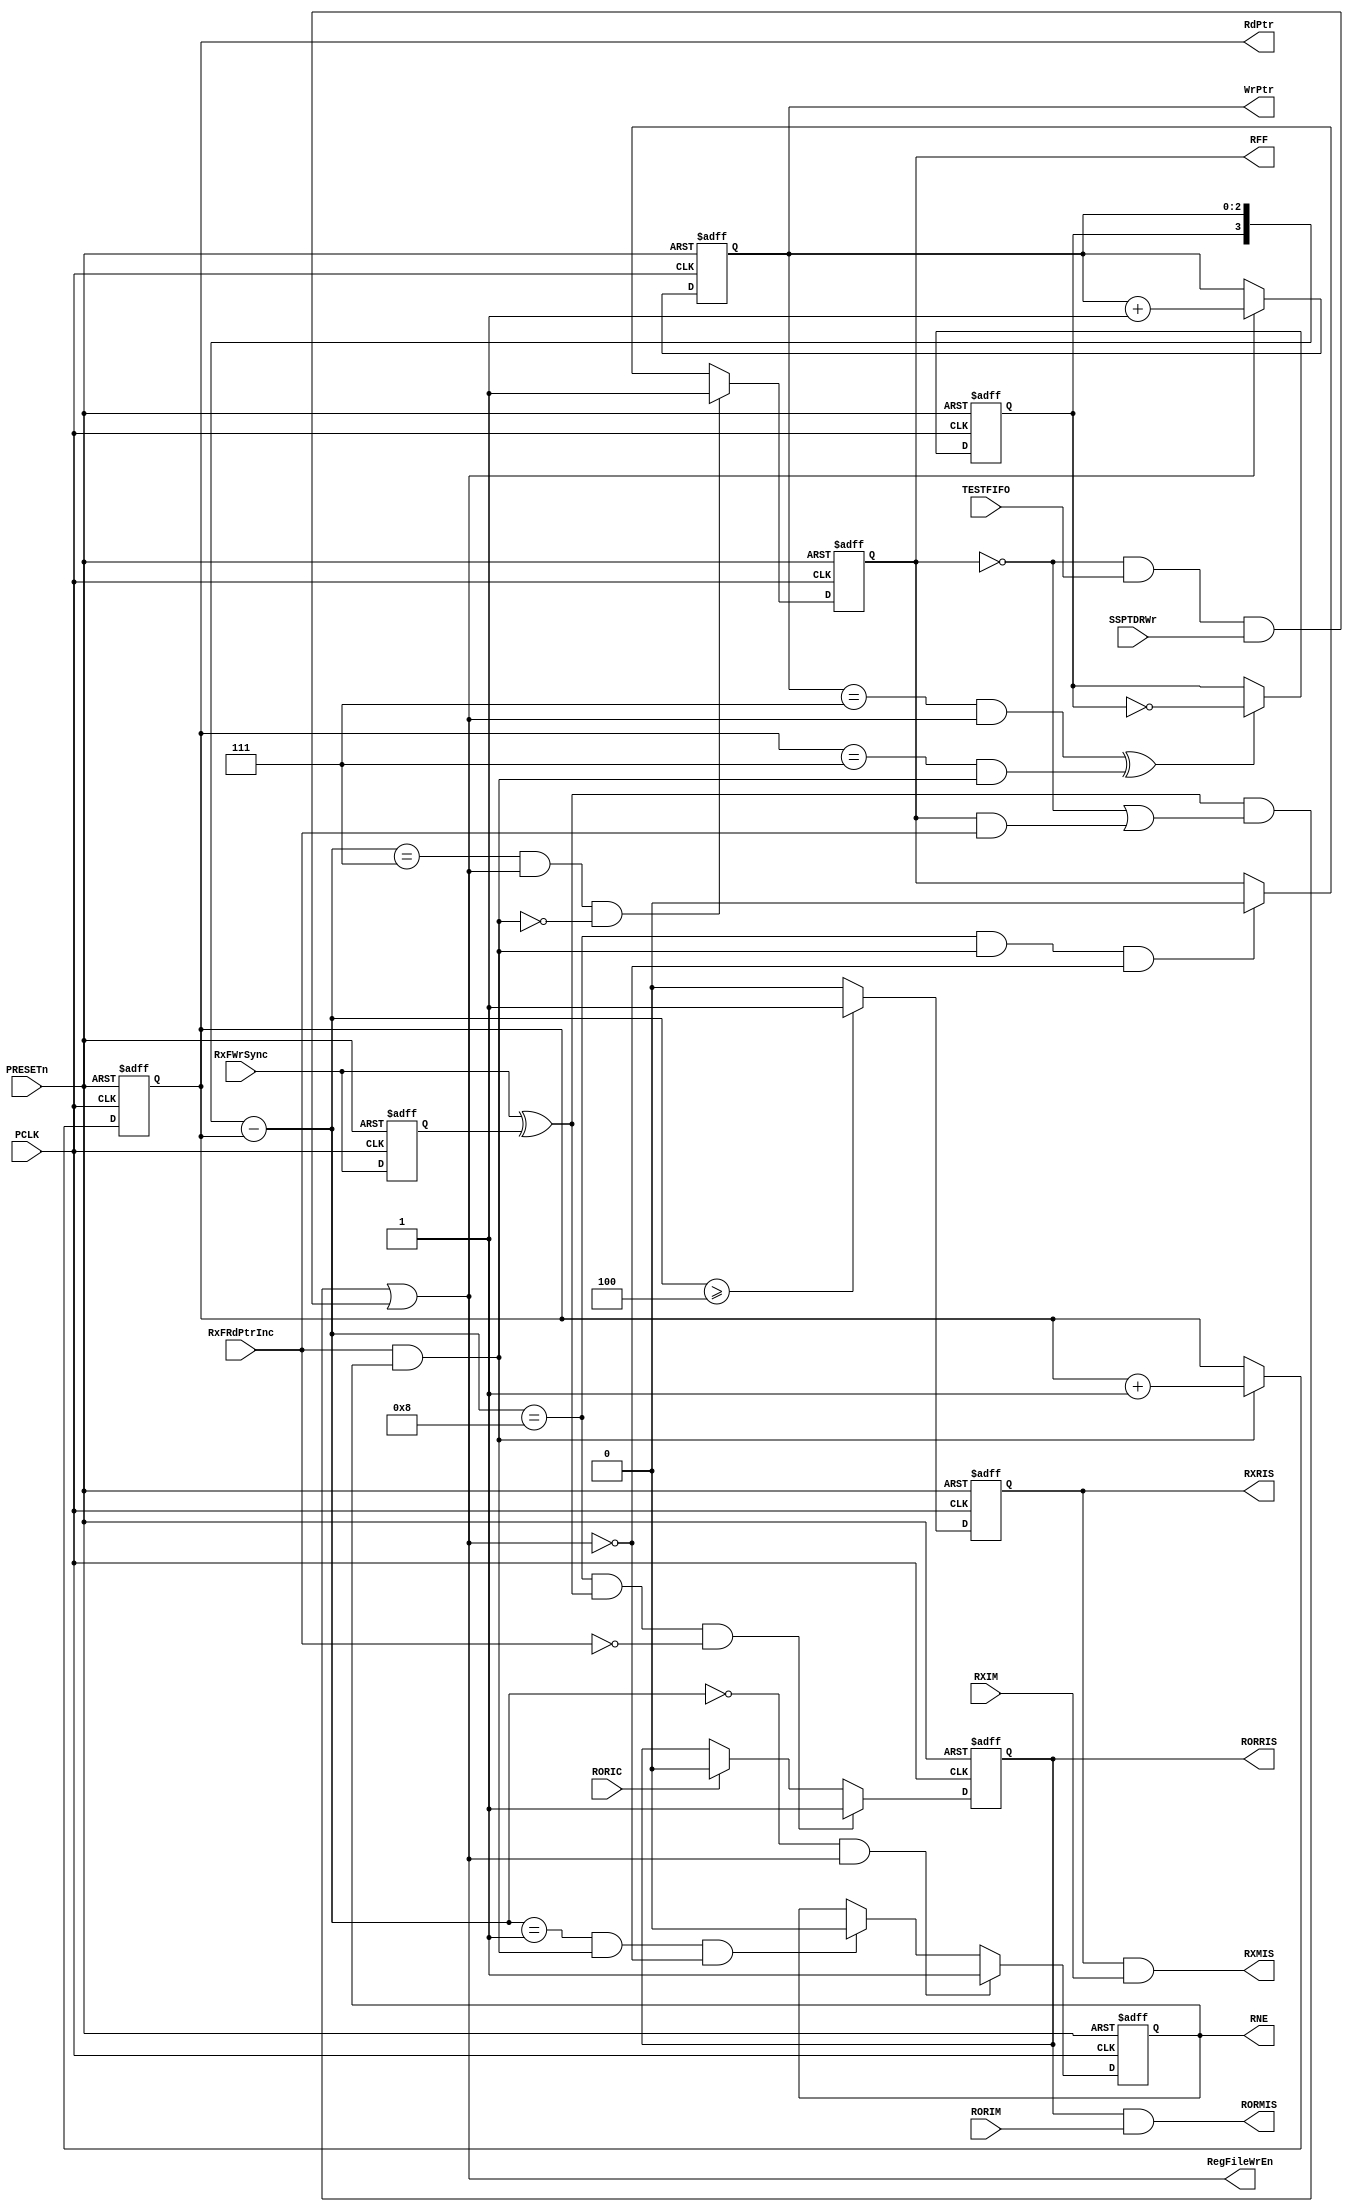
//-----------------------------------------------------------------------------
// The confidential and proprietary information contained in this file may
// only be used by a person authorised under and to the extent permitted
// by a subsisting licensing agreement from ARM Limited.
//
//            (C) COPYRIGHT 2007-2008 ARM Limited.
//                ALL RIGHTS RESERVED
//
// This entire notice must be reproduced on all copies of this file
// and copies of this file may only be made by a person if such person is
// permitted to do so under the terms of a subsisting license agreement
// from ARM Limited.
//  -----------------------------------------------------------------------------
//
//  Version and Release Control Information:
//
//  File Revision          : 20353
//
//  Release Information    : r1p3-00rel1
//
// -----------------------------------------------------------------------------

// -----------------------------------------------------------------------------

// Purpose      : This block controls accesses to the Receive FIFO.

// --=========================================================================--

`timescale 1ns/1ps

// -----------------------------------------------------------------------------

module SspRxFCntl (
// Inputs
                   PCLK,
                   PRESETn,
                   RXIM,
                   RORIM,
                   RORIC,
                   RxFWrSync,
                   RxFRdPtrInc,
                   TESTFIFO,
                   SSPTDRWr,

// Outputs
                   RNE,
                   RFF,
                   RXRIS,
                   RORRIS,
                   RXMIS,
                   RORMIS,

                   RegFileWrEn,
                   WrPtr,
                   RdPtr
                  );

// Inputs
input        PCLK;        // APB bus clock
input        PRESETn;     // APB reset
input        RXIM;        // Rx Interrupt Mask
input        RORIM;       // Rx Over Run Mask
input        RORIC;       // Rx Over Run Interrupt Clear
input        RxFWrSync;   // RX FIFO write enable
input        RxFRdPtrInc; // RX FIFO read pointer incr.
input        TESTFIFO;    // Rx FIFO test mode enable
input        SSPTDRWr;    // Test Data Register write enable
// Outputs
output       RNE;         // RX FIFO not empty
output       RFF;         // RX FIFO full
output       RXRIS;       // RX fifo Raw Interrupt Status
output       RORRIS;      // RX fifo Over Run Raw Interrupt Status
output       RXMIS;       // RX fifo Masked Interrupt Status
output       RORMIS;      // RX fifo Over Run Masked Interrupt Status
output       RegFileWrEn; // Write enable to register file
output [2:0] WrPtr;       // Write pointer
output [2:0] RdPtr;       // Read pointer

// -----------------------------------------------------------------------------
//
//                          SspRxFCntl
//                          ==========
//
// -----------------------------------------------------------------------------
//
// Overview
// ========
//   The control logic for the Receive FIFO uses two pointers - a write pointer
// and a read pointer. Since the FIFO has 8 locations, the pointers are 3 bits
// wide. The write pointer points to the location to which the next write data
// will be written into. The read pointer points to the location whose contents
// are driven on the RxFRdData[15:0] Read data bus.
//   Both the pointers operate on PCLK so as to serve data consistently to the
// APB and to facilitate calculation of the FIFO fill level by finding the
// difference between the pointers.
//   This module also contains logic to generate the following status
//   and interrupts:
// RNE     Receive FIFO Not Empty
// RFF     Receive FIFO Full
// RXRIS   Receive fifo Raw Interrupt Status
// RXMIS   Receive fifo Masked Interrupt Status
// RORRIS  Receive fifo Over Run Raw Interrupt Status
// RORMIS  Receive fifo Over Run Masked Interrupt Status
//
// The fifo can be set to be in TESTFIFO mode which allows data to
// be written directly into the Rx fifo.
// -----------------------------------------------------------------------------

// -----------------------------------------------------------------------------
// Register declarations
// -----------------------------------------------------------------------------
reg [2:0] RdPtr;
// Read pointer

reg [2:0] NextRdPtr;
// D-input of RdPtr

reg [2:0] WrPtr;
// Write pointer

reg [2:0] NextWrPtr;
// D-input of WrPtr

reg       DelRxFWrSync;
// Delayed version of RxFWr - Receive FIFO Write enable signal. Used to
// convert the level on the RxFWr signal to a one-PCLK wide pulse

reg       Wrap;
// Store the condition when the write pointer has rolled over (from '111' to
// '000') but the read pointer hasn't. The 'Wrap'signal is used in calculating
// the FIFOFillLevel

reg       NextWrap;
// D-input of Wrap

reg       RNE;
// Receive FIFO fill status indication (Receive FIFO not Empty)

reg       NextRNE;
// D-input of RNE

reg       RFF;
// Receive FIFO Full indication. Also used to prevent writes into the FIFO
// when the FIFO is already full.

reg       NextRFF;
// D-input of RFF

reg RXRIS;
// Receive FIFO raw interrupt status

reg NextRXRIS;
// D-input of RXRIS

reg RORRIS;
// Receive Over Run raw interrupt status.

reg NextRORRIS;
// D-input of RORRIS

// -----------------------------------------------------------------------------
// Wire declarations
// -----------------------------------------------------------------------------
wire [3:0] RxFFillLevel;
// Receive FIFO Fill level indication

wire       WrPtrIncValid;
// Valid Write pointer increment

wire       RdPtrIncValid;
// Valid Read Pointer Increment

// -----------------------------------------------------------------------------
//
// Main body of code
// =================
//
// -----------------------------------------------------------------------------

// -----------------------------------------------------------------------------
// Generate Masked interrupts from raw interrupt sources
// -----------------------------------------------------------------------------

  assign RORMIS = RORRIS & RORIM;
  assign RXMIS  = RXRIS  & RXIM;

// -----------------------------------------------------------------------------
// Allow writes to the Receive FIFO only if the FIFO is not already full
// -----------------------------------------------------------------------------
assign RegFileWrEn = WrPtrIncValid;

// -----------------------------------------------------------------------------
// Clocked process for flip-flops in this module.
// -----------------------------------------------------------------------------
always @(posedge PCLK or negedge PRESETn)
begin : p_Seq
  if (PRESETn == 1'b0)
    begin
      WrPtr        <= 3'b000;
      RdPtr        <= 3'b000;
      Wrap         <= 1'b0;
      RNE          <= 1'b0;
      RFF          <= 1'b0;
      RXRIS        <= 1'b0;
      RORRIS       <= 1'b0;
      DelRxFWrSync <= 1'b0;
    end
  else
    begin
      WrPtr        <= NextWrPtr;
      RdPtr        <= NextRdPtr;
      Wrap         <= NextWrap;
      RNE          <= NextRNE;
      RFF          <= NextRFF;
      RXRIS        <= NextRXRIS;
      RORRIS       <= NextRORRIS;
      DelRxFWrSync <= RxFWrSync;
    end
end // p_Seq

// -----------------------------------------------------------------------------
// Increment the write pointer when there is a write to the FIFO from the
// Receive logic. The increment should be avoided if the receive FIFO is already
// full. If the FIFO is already full and there is a simultaneous read and a
// write, the write should be allowed to complete and the write pointer should
// be incremented.
// -----------------------------------------------------------------------------
assign WrPtrIncValid = ((RxFWrSync ^ DelRxFWrSync) &
                       (~(RFF) | (RFF & RxFRdPtrInc))) |
                       (~(RFF) & TESTFIFO & SSPTDRWr);

// -----------------------------------------------------------------------------
// Increment the write pointer when the WrPtrIncValid signal is asserted
// -----------------------------------------------------------------------------
always @(WrPtr or WrPtrIncValid)
begin : p_WrPtrComb
  if (WrPtrIncValid == 1'b1)
    NextWrPtr = WrPtr + 3'b001;
  else
    NextWrPtr = WrPtr;
end // p_WrPtrComb

// -----------------------------------------------------------------------------
// Increment the read pointer when the FIFO is not already empty and when there
// is a read from the FIFO i.e. when the RxFRdPtrInc signal from the APB
// interface, is asserted.
// -----------------------------------------------------------------------------
assign RdPtrIncValid = RxFRdPtrInc & RNE;

// -----------------------------------------------------------------------------
// Increment the read pointer when the RdPtrIncValid signal is asserted
// -----------------------------------------------------------------------------
always @(RdPtr or RdPtrIncValid)
begin : p_RdPtrComb
  if (RdPtrIncValid == 1'b1)
    NextRdPtr = RdPtr + 3'b001;
  else
    NextRdPtr = RdPtr;
end // p_RdPtrComb

// -----------------------------------------------------------------------------
// The 'Wrap' bit is used to keep track of the condition when the write pointer
// has wrapped around from '111' to '000', but the read pointer has not wrapped.
// This bit is used to calculate the value of RxFFillLevel. Toggle the 'Wrap'
// bit whenever the read pointer wraps around or the write pointer wraps
// around. When both the pointers wrap around simultaneously, the 'Wrap' bit
// should not toggle.
// -----------------------------------------------------------------------------
always @(WrPtr or WrPtrIncValid or RdPtr or Wrap or RdPtrIncValid)
begin : p_WrapComb
  if (((WrPtr == 3'b111) && (WrPtrIncValid == 1'b1)) ^
      ((RdPtr == 3'b111) && (RdPtrIncValid == 1'b1)))
    NextWrap = ~(Wrap);
  else
    begin
      NextWrap = Wrap;
    end
end // p_WrapComb

// -----------------------------------------------------------------------------
// The RORRIS (Receive Overrun Interrupt) signal indicates that the Receive
// logic has attempted a write into the Receive FIFO when the Receive FIFO is
// already Full. This interrupt is cleared when the RORIC signal from the
// SSpRegCore nodule is asserted or when the RORIM Interrupt mask is
// de-asserted.
// The RORRIS signal is set when the Receive FIFO is Full and there is
// another write into the FIFO without a simultaneous read.
// -----------------------------------------------------------------------------
always @(RxFFillLevel or RxFWrSync or DelRxFWrSync or RxFRdPtrInc or
         RORIC or RORRIS)
begin : p_RORINT
  NextRORRIS = RORRIS;
  if ((RxFFillLevel == 4'b1000) && ((RxFWrSync ^ DelRxFWrSync) == 1'b1)
           && (RxFRdPtrInc == 1'b0))
        NextRORRIS = 1'b1;
   else
   if (RORIC == 1'b1)
      NextRORRIS = 1'b0;
end // p_RORINT

// -----------------------------------------------------------------------------
// Use the RxFFillLevel (Receive FIFO Fill Level) signal to detect whether
// the receive FIFO is not empty. If the FIFO is empty and there is a valid
// write detected, then the FIFO is no longer empty. If the FIFO has one valid
// entry and there is a valid read detected, without a simultaneous write,
// the Receive FIFO is empty.
// -----------------------------------------------------------------------------
always @(RxFFillLevel or WrPtrIncValid or RdPtrIncValid or RNE)
begin : p_RNE
  if ((RxFFillLevel == 4'b0000) && (WrPtrIncValid == 1'b1))
    NextRNE = 1'b1;
  else
    begin
      if ((RxFFillLevel == 4'b0001) && (RdPtrIncValid == 1'b1)
         && (WrPtrIncValid == 1'b0))
        NextRNE = 1'b0;
      else
        NextRNE = RNE;
    end
end // p_RNE

// -----------------------------------------------------------------------------
// Assert the Receive FIFO service request if the FIFO contains four or more
// valid entries
// -----------------------------------------------------------------------------
always @(RxFFillLevel)
begin : p_RFS
  NextRXRIS = 1'b0;
  if (RxFFillLevel >= 4'b0100)
     NextRXRIS = 1'b1;
end // p_RFS

// -----------------------------------------------------------------------------
// RFF (Receive FIFO Full) generation. When the FIFO has seven entries and
// and there is another write without a simultaneous read, the FIFO is said to
// be Full. When the FIFO is already full and there is a read from the FIFO
// without a simultaneous write, the FIFO is said to be 'Not Full'
// -----------------------------------------------------------------------------
always @(RxFFillLevel or RFF or WrPtrIncValid or RdPtrIncValid)
begin : p_RFF
  if ((RxFFillLevel == 4'b0111) && (WrPtrIncValid == 1'b1) &&
      (RdPtrIncValid == 1'b0))
    NextRFF = 1'b1;
  else
    begin
      if ((RxFFillLevel == 4'b1000) && (RdPtrIncValid == 1'b1) &&
          (WrPtrIncValid == 1'b0))
        NextRFF = 1'b0;
      else
        NextRFF = RFF;
    end
end // p_RFF

// -----------------------------------------------------------------------------
// Subtract the write pointer from the read pointer to calculate the FIFO fill
// level. Use the Wrap bit to take into account the case when the write pointer
// has wrapped without the read pointer having wrapped
// -----------------------------------------------------------------------------
  assign RxFFillLevel = { Wrap , WrPtr } - { 1'b0 , RdPtr };
endmodule

// --================================ End ====================================--